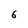
Character: 6